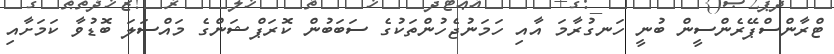
ޓްރާންސްޕޭރެންސީން ބުނީ ހަނގުރާމަ އާއި ހަމަނުޖެހުންތަކުގެ ސަބަބުން ކޮރަޕްޝަންގެ މައްސަލަ ބޮޑުވާ ކަމަށާއި